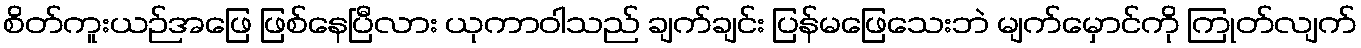
စိတ်ကူးယဉ်အဖြေ ဖြစ်နေပြီလား ယုကာဝါသည် ချက်ချင်း ပြန်မဖြေသေးဘဲ မျက်မှောင်ကို ကြုတ်လျက်